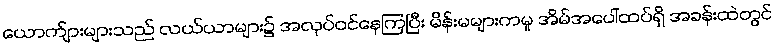
ယောက်ျားများသည် လယ်ယာများ၌ အလုပ်ဝင်နေကြပြီး မိန်းမများကမူ အိမ်အပေါ်ထပ်ရှိ အခန်းထဲတွင်